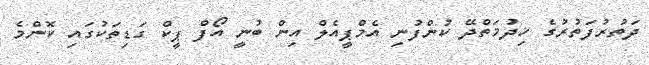
ދަތުރުފަތުރުގެ ޚިދުމަތްދޭ ކުންފުނި އެމްޕީއެލް އިން ބުނީ އޯފް ޕީކް ގަޑިތަކުގައި ކޮންމެ